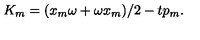
K _ { m } = ( x _ { m } \omega + \omega x _ { m } ) / 2 - t p _ { m } .